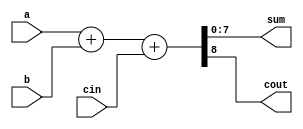
`timescale 1ns / 1ps
/*8bit adder module,*/
module proc_8bit_adder(sum, cout, a, b, cin);
    /*port,input, output*/
    input [7:0] a, b;
    input cin;
    output [7:0] sum;
    output cout;
    /*procedural assignmentreg*/
    reg [7:0] sum;
    reg cout;
    
    /*abcin,cout8bit,sum0~7bit*/
    always@(a or b or cin)
        {cout, sum} = a + b + cin;
        
endmodule